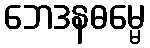
ဘေဒနဓမ္မေ